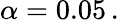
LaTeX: \alpha=0.05\, .